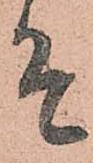
そ